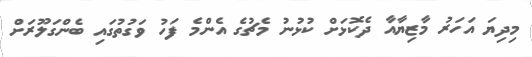
މިދިޔަ އަހަރު މާޒިޔާއާ ދެކޮޅަށް ކުޅުނު މެޗުގެ އެންމެ ފަހު ވަގުތުގައި ބެންގަލޫރަށް